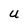
Character: U